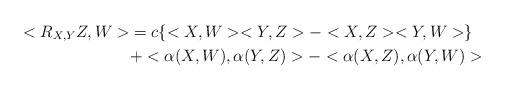
LaTeX: \begin{align*}<R_{X,Y}Z,W>&=c\{<X,W><Y,Z>-<X,Z><Y,W>\}\\&+<\alpha(X,W),\alpha(Y,Z)>-<\alpha(X,Z),\alpha(Y,W)>\end{align*}